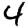
Digit: 4